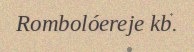
Rombolóereje kb.